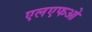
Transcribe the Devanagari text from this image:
एलएफओ